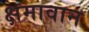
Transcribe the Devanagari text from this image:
क्षमावान